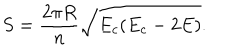
S = \frac { 2 \pi R } { n } \sqrt { E _ { c } ( E _ { c } - 2 E ) } .